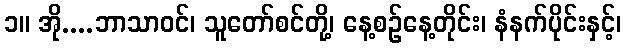
၁။ အို....ဘာသာဝင်၊ သူတော်စင်တို့၊ နေ့စဉ်နေ့တိုင်း၊ နံနက်ပိုင်းနှင့်၊